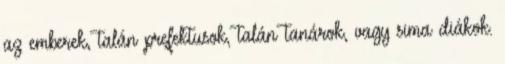
az emberek, talán prefektusok, talán tanárok, vagy sima diákok.